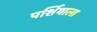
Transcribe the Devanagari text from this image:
पर्शियाला